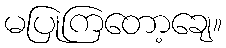
မပြုကြတော့ချေ။